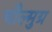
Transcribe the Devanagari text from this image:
चौल्मुग्र